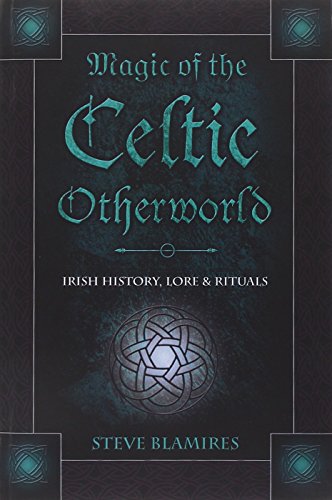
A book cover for Magic of the Celtic Otherworld: Irish History, Lore & Rituals (Llewellyn's Celtic Wisdom); Stephen Blamires; Religion & Spirituality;